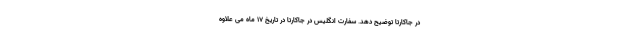
در جاکارتا توضیح دهد. سفارت انگلیس در جاکارتا در تاریخ 17 ماه می علاوه